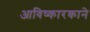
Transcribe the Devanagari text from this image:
आविष्कारकाने